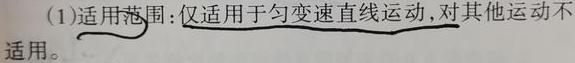
(1)适用范围：仅适用于匀变速直线运动,对其他运动不适用。